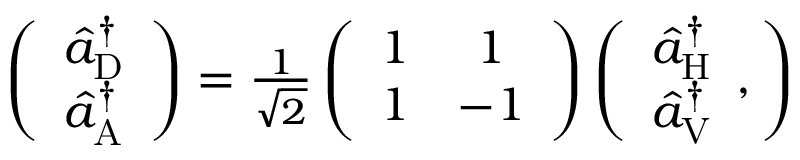
\begin{array} { r } { \left( \begin{array} { c } { \hat { a } _ { \mathrm { D } } ^ { \dagger } } \\ { \hat { a } _ { \mathrm { A } } ^ { \dagger } } \end{array} \right) = \frac { 1 } { \sqrt { 2 } } \left( \begin{array} { c c } { 1 } & { 1 } \\ { 1 } & { - 1 } \end{array} \right) \left( \begin{array} { c } { \hat { a } _ { \mathrm { H } } ^ { \dagger } } \\ { \hat { a } _ { \mathrm { V } } ^ { \dagger } } \end{array} , \right) } \end{array}